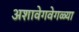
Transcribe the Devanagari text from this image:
अशावेगवेगळ्या